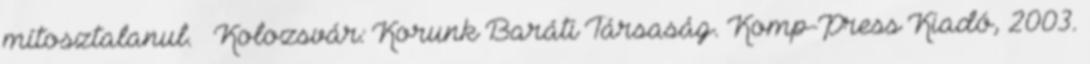
mítosztalanul. – Kolozsvár: Korunk Baráti Társaság. Komp-Press Kiadó, 2003.